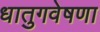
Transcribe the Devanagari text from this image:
धातुगवेषणा